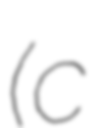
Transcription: (c